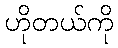
ဟိုတယ်ကို